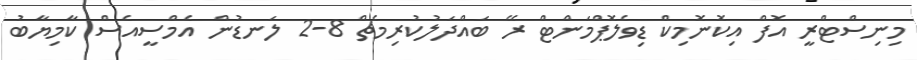
މިނިސްޓްރީ އޮފް އިކޮނޮމިކް ޑިވެލޮޕްމަންޓް ރޭ ބައްދަލުކުރިމެޗް 8-2 ލަނޑުން އެމްސީއެސް ކާމިޔާބު